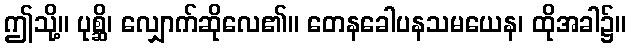
ဤသို့။ ပုစ္ဆိ၊ လျှောက်ဆိုလေ၏။ တေနခေါပနသမယေန၊ ထိုအခါ၌။